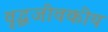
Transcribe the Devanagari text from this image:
वृद्धजीवकीय